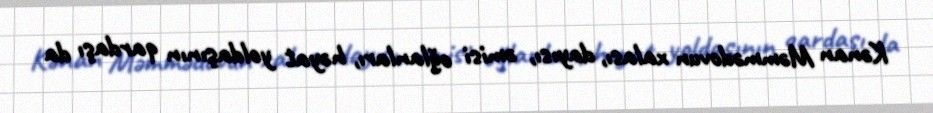
Kənan Məmmədovun xalası, dayısı, əmisi oğlanları, həyat yoldaşının qardaşı da